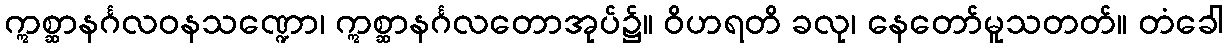
ဣစ္ဆာနင်္ဂလဝနသဏ္ဍော၊ ဣစ္ဆာနင်္ဂလတောအုပ်၌။ ဝိဟရတိ ခလု၊ နေတော်မူသတတ်။ တံခေါ